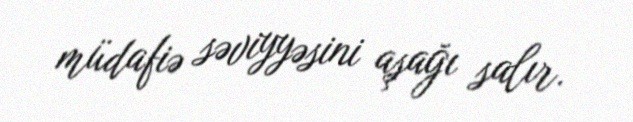
müdafiə səviyyəsini aşağı salır.